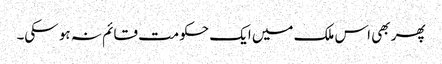
پھر بھی اس ملک میں ایک حکومت قائم نہ ہو سکی۔